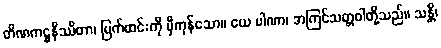
တိဏကဋ္ဌနိဿိတာ၊ မြက်ထင်းကို မှီကုန်သော။ ယေ ပါဏာ၊ အကြင်သတ္တဝါတို့သည်။ သန္တိ၊